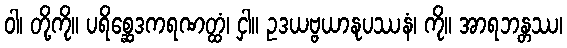
ဝါ၊ တို့ကို။ ပရိစ္ဆေဒကရဏတ္ထံ၊ ငှါ။ ဥဒယဗ္ဗယာနုပဿနံ၊ ကို။ အာရဘန္တဿ၊